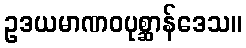
ဥဒယမာဏဝပုစ္ဆာန်ဒေသ။